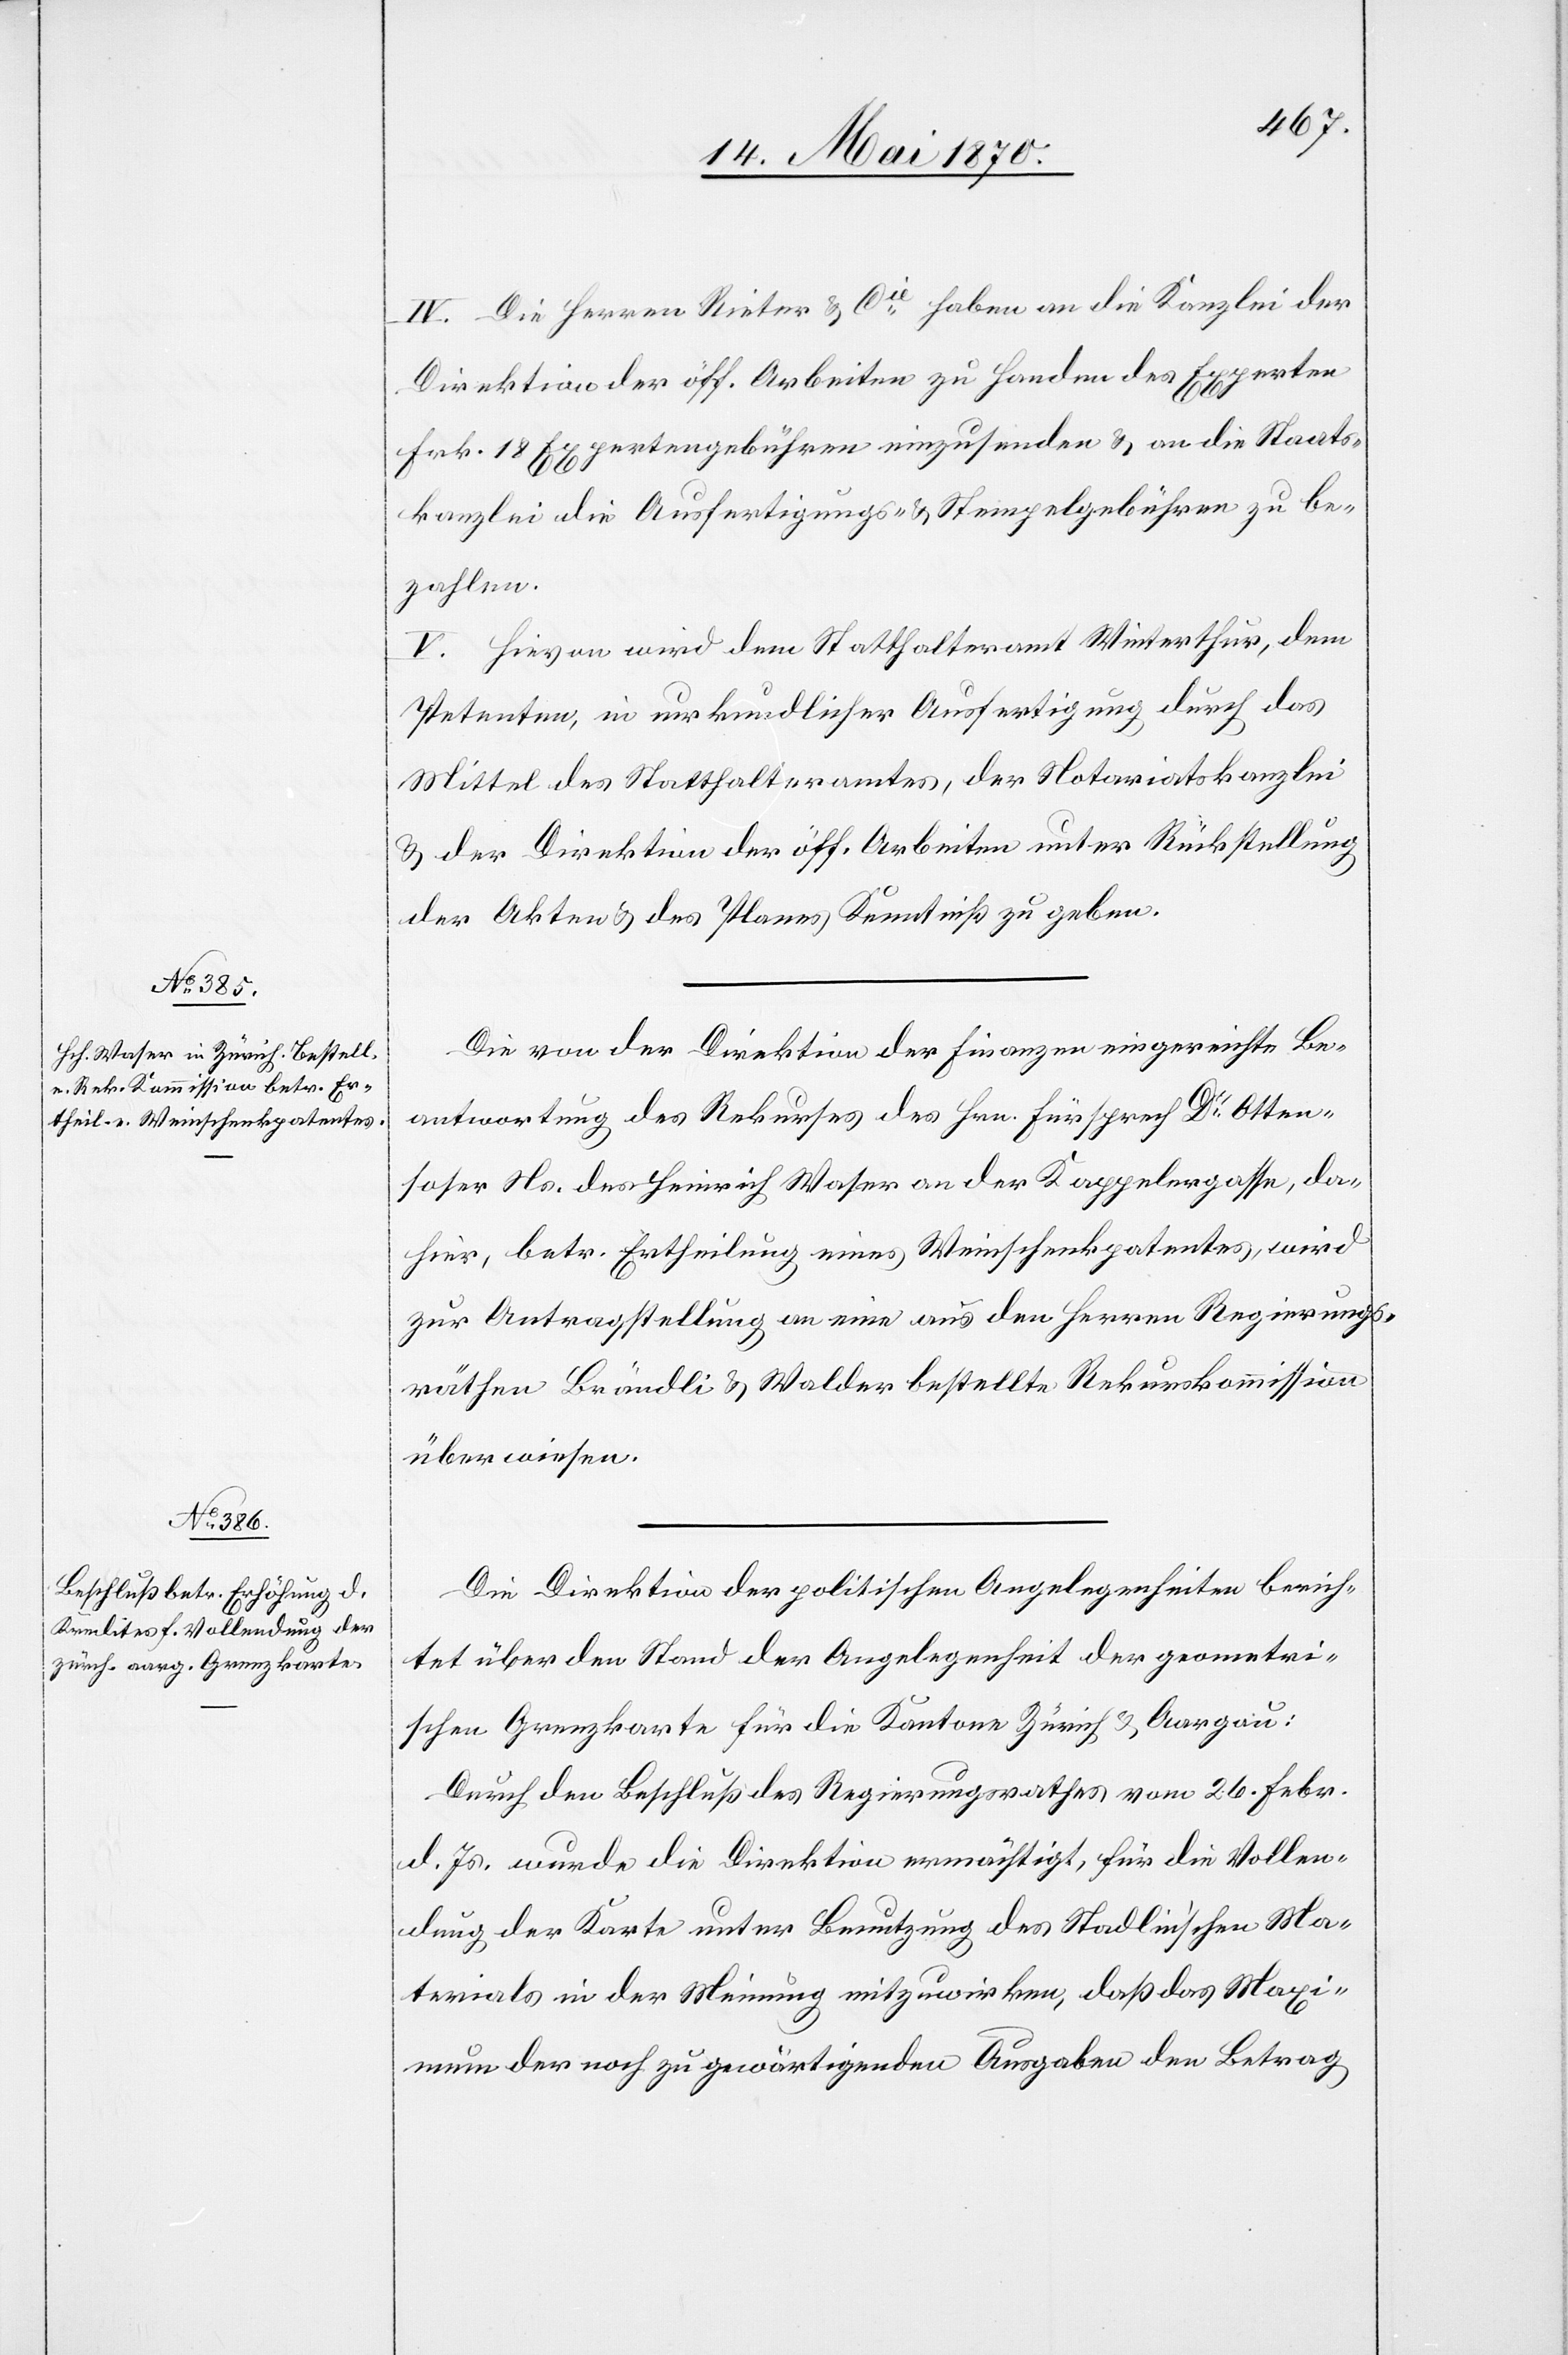
IV. Die Herren Rieter & Cie haben an die Kanzlei der
Direktion der öff. Arbeiten zu Handen des Experten
Frk. 18 Expertengebühren einzusenden & an die Staats¬
kanzlei die Ausfertigungs- & Stempelgebühren zu be¬
zahlen.
V. Hievon wird dem Statthalteramt Winterthur, dem
Petenten, in urkundlicher Ausfertigung durch das
Mittel des Statthalteramtes, der Notariatskanzlei
& der Direktion der öff. Arbeiten unter Rückstellung
der Akten & des Planes Kenntniß zu geben.
Die von der Direktion der Finanzen eingereichte Be¬
antwortung des Rekurses des Hrn. Fürsprech Dr Otten¬
soser Ns. des Heinrich Waser an der Kappelergasse, da¬
hier, betr. Ertheilung eines Weinschenkpatentes, wird
zur Antragstellung an eine aus den Herren Regierungs¬
räthen Brändli & Walder bestellte Rekurskommission
überwiesen.
Die Direktion der politischen Angelegenheiten berich¬
tet über den Stand der Angelegenheit der geometri¬
schen Grenzkarte für die Kantone Zürich & Aargau:
Durch den Beschluß des Regierungsrathes vom 26. Febr.
d. Js. wurde die Direktion ermächtigt, für die Vollen¬
dung der Karte unter Benutzung des Stadlin’schen Ma¬
terials in der Meinung mitzuwirken, daß das Maxi¬
mum der noch zu gewärtigenden Ausgaben den Betrag